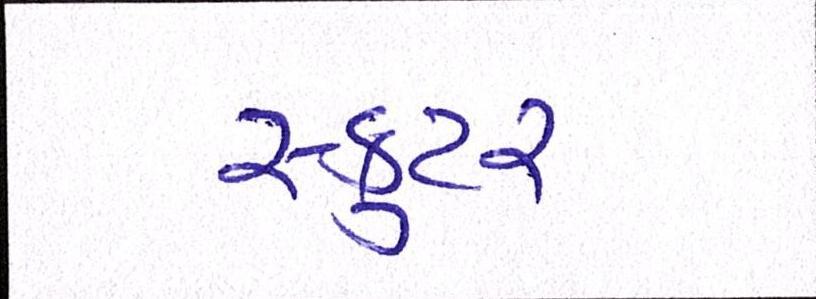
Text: સ્કુટર